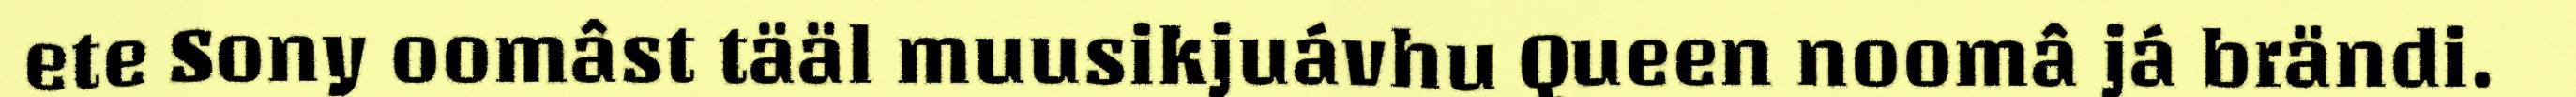
ete Sony oomâst tääl muusikjuávhu Queen noomâ já brändi.